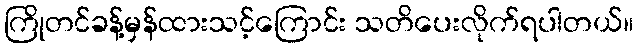
ကြိုတင်ခန့်မှန်ထားသင့်ကြောင်း သတိပေးလိုက်ရပါတယ်။